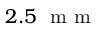
2 . 5 ~ \mathrm { ~ m ~ m ~ }